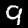
Digit: 9